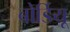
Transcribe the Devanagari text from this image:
बोर्डियू